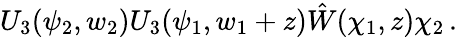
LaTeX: U_{3}(\psi_{2},w_{2})U_{3}(\psi_{1},w_{1}+z)\hat{W}(\chi_{1},z)\chi_{2}\, .